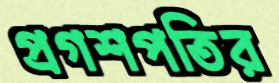
প্রগশপতির